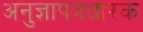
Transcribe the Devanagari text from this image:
अनुज्ञापत्रधारक